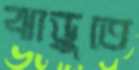
ঝাড়ুতে